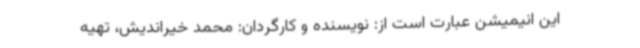
این انیمیشن عبارت است از: نویسنده و کارگردان: محمد خیراندیش، تهیه